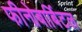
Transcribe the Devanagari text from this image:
फीनोबार्बिटल